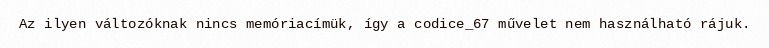
Az ilyen változóknak nincs memóriacímük, így a codice_67 művelet nem használható rájuk.